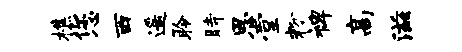
樵您西遥聆时恩堂粉裨高滋